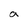
Character: a